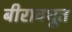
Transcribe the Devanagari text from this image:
बीरावधूत